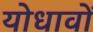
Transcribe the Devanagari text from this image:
योधावों